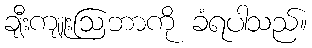
ချီးကျူးဩဘာကို ခံရပါသည်။